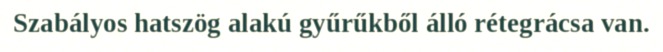
Szabályos hatszög alakú gyűrűkből álló rétegrácsa van.